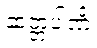
ဆတ္တပါဏိံ